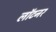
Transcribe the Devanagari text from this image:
लॉटनर